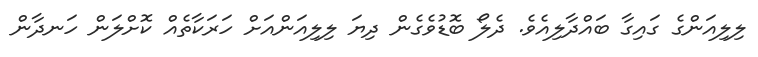
ލިލިއަންގެ ގައިގާ ބައްދާލިއެވެ. ދެލޯ ބޮޑުވެގެން ދިޔަ ލިލިއަންއަށް ހަރަކާތެއް ކޮށްލަން ހަނދާން